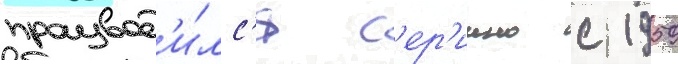
производ'и́лс'я с'ер'иино с 1959